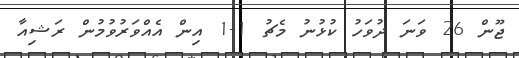
ޖޫން 26 ވަނަ ދުވަހު ކުޅުނު މެޗު 1-1 އިން އެއްވަރުވުމުން ރަޝިއާ